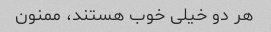
هر دو خیلی خوب هستند، ممنون